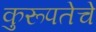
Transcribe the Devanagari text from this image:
कुरूपतेचे